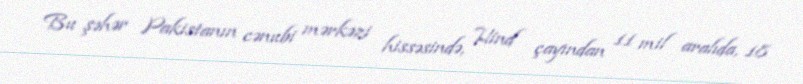
Bu şəhər Pakistanın cənubi mərkəzi hissəsində, Hind çayından 11 mil aralıda, 18